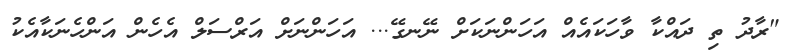
"ރާދު ތި ދައްކާ ވާހަކައެއް އަހަންނަކަށް ނޭނގޭ... އަހަންނަށް އަރްސަލް އެހެން އަންހެނަކާއެކު